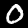
Digit: 0